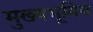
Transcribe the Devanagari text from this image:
मुख्यभूमिय